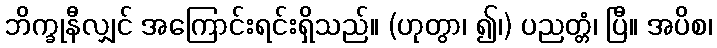
ဘိက္ခုနီလျှင် အကြောင်းရင်းရှိသည်။ (ဟုတွာ၊ ၍၊) ပညတ္တံ၊ ပြီ။ အပိစ၊